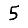
Digit: 5